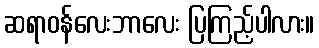
ဆရာဝန်လေးဘာလေး ပြကြည့်ပါလား။